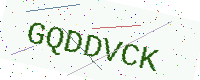
Text: GQDDVCK